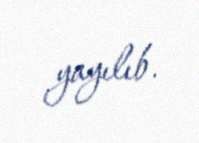
yayılıb.